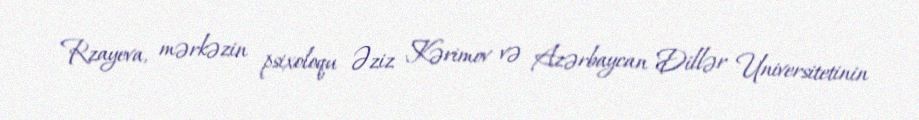
Rzayeva, mərkəzin psixoloqu Əziz Kərimov və Azərbaycan Dillər Universitetinin